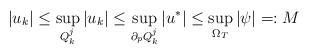
LaTeX: \begin{align*} |u_k|\leq\sup_{Q^j_k}|u_k|\leq\sup_{\partial_pQ^j_k}|u^*|\leq\sup_{\Omega_T}|\psi|=:M\end{align*}